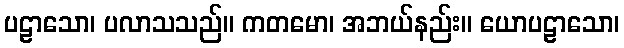
ပဠာသော၊ ပလာသသည်။ ကတမော၊ အဘယ်နည်း။ ယောပဠာသော၊